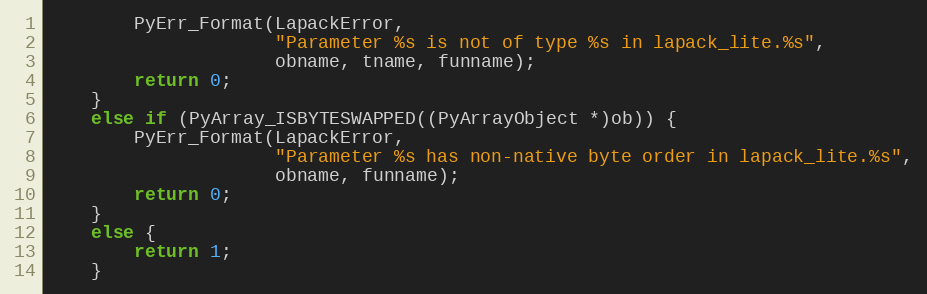
Language: C
        PyErr_Format(LapackError,
                     "Parameter %s is not of type %s in lapack_lite.%s",
                     obname, tname, funname);
        return 0;
    }
    else if (PyArray_ISBYTESWAPPED((PyArrayObject *)ob)) {
        PyErr_Format(LapackError,
                     "Parameter %s has non-native byte order in lapack_lite.%s",
                     obname, funname);
        return 0;
    }
    else {
        return 1;
    }